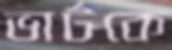
ভার্টকে